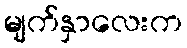
မျက်နှာလေးက